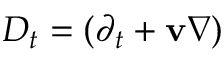
D _ { t } = ( \partial _ { t } + \mathbf v \nabla )